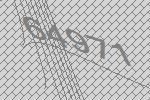
64971